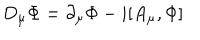
LaTeX: D _ { \mu } { \Phi } = \partial _ { \mu } { \Phi } - i [ A _ { \mu } , \Phi ]